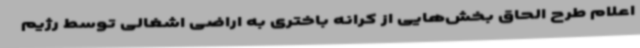
اعلام طرح الحاق بخش‌هایی از کرانه باختری به اراضی اشغالی توسط رژیم